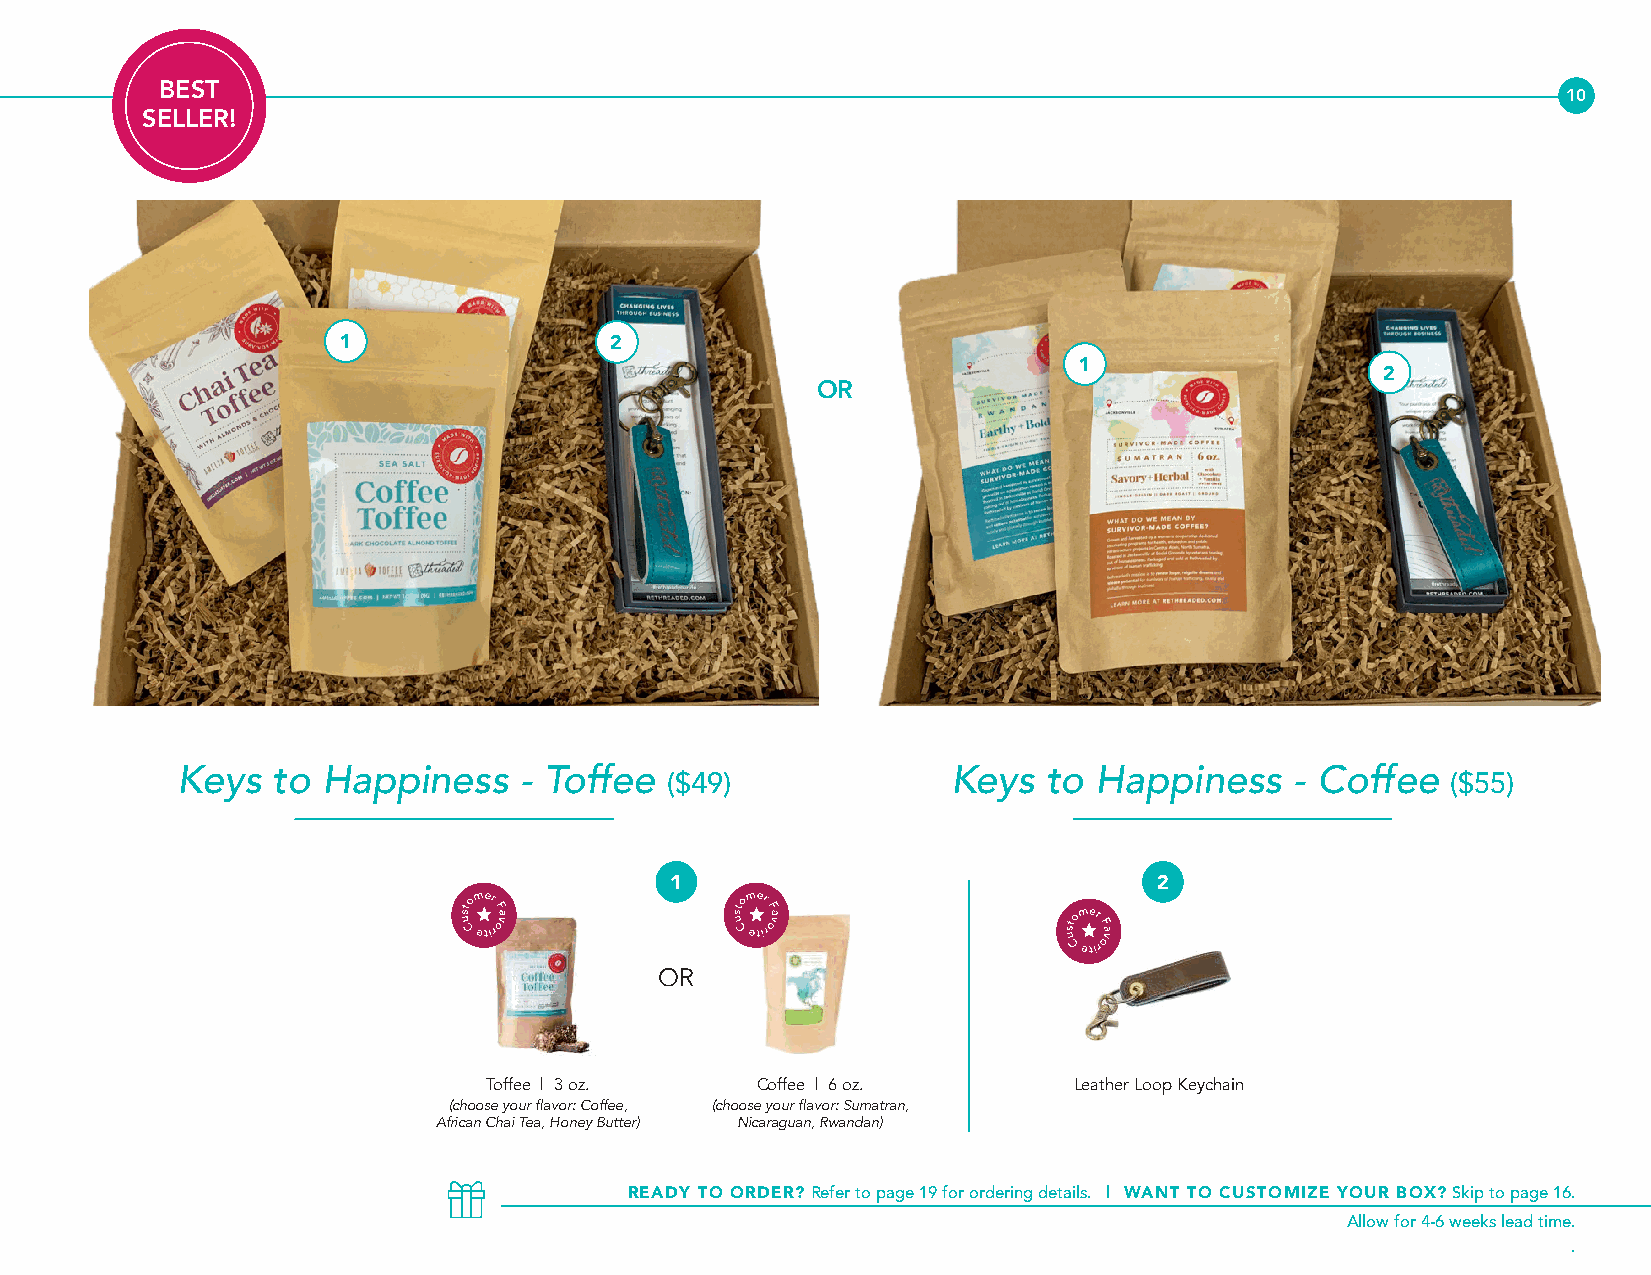
BEST
 10
 SELLER!
 2
 2
 OR
 Keys  to Happiness    - Toffee                     Keys  to  Happiness    - Coffee
 ($49)                                               ($55)
 1                                2
 OR
 Toffee | 3 oz.    Coffee | 6 oz.       Leather Loop Keychain
 (choose your flavor: Coffee, (choose your flavor: Sumatran,
 African Chai Tea, Honey Butter) Nicaraguan, Rwandan)
 READY TO ORDER? Refer to page 19 for ordering details. | WANT TO CUSTOMIZE YOUR BOX? Skip to page 16.
 Allow for 4-6 weeks lead time.
 .